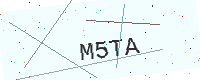
Text: M5TA